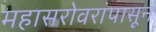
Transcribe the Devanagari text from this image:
महासरोवरांपासून